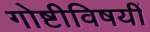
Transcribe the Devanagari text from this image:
गोष्टीविषयीं